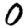
Digit: 0